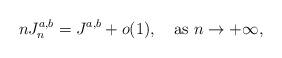
LaTeX: \begin{align*} nJ_n^{a,b}=J^{a,b} + o(1), \quad\mbox{as $n\to+\infty$}, \end{align*}